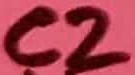
Text: C2